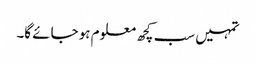
تمہیں سب کچھ معلوم ہو جائے گا۔